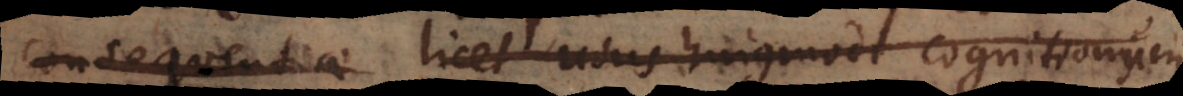
consequentiae licet usus hujusmodi cognition